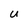
Character: u